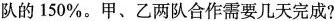
队的150%。甲、乙两队合作需要几天完成?